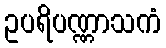
ဥပရိပဏ္ဏာသကံ